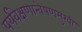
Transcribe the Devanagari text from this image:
पर्यवेक्षणान्वेषणमुखी